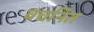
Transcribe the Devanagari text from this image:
वचनित